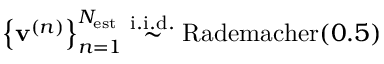
\left\{ { \mathbf { v } } ^ { ( n ) } \right\} _ { n = 1 } ^ { N _ { \mathrm { e s t } } } \overset { \mathrm { i . i . d . } } { \sim } \mathrm { R a d e m a c h e r } ( 0 . 5 )